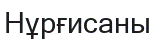
Нұрғисаны